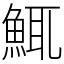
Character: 鮿